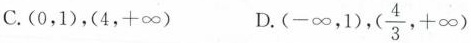
C. (0，1),(4，+\infty ) D. (-\infty ，1),(\frac{4}{3},+ \infty)